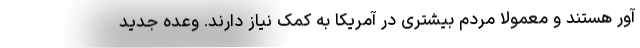
آور هستند و معمولا مردم بیشتری در آمریکا به کمک نیاز دارند. وعده جدید